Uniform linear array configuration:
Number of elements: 64
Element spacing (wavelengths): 0.5
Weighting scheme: kaiser
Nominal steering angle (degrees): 45
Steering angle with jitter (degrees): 44.412
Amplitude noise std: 0.05
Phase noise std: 0.05

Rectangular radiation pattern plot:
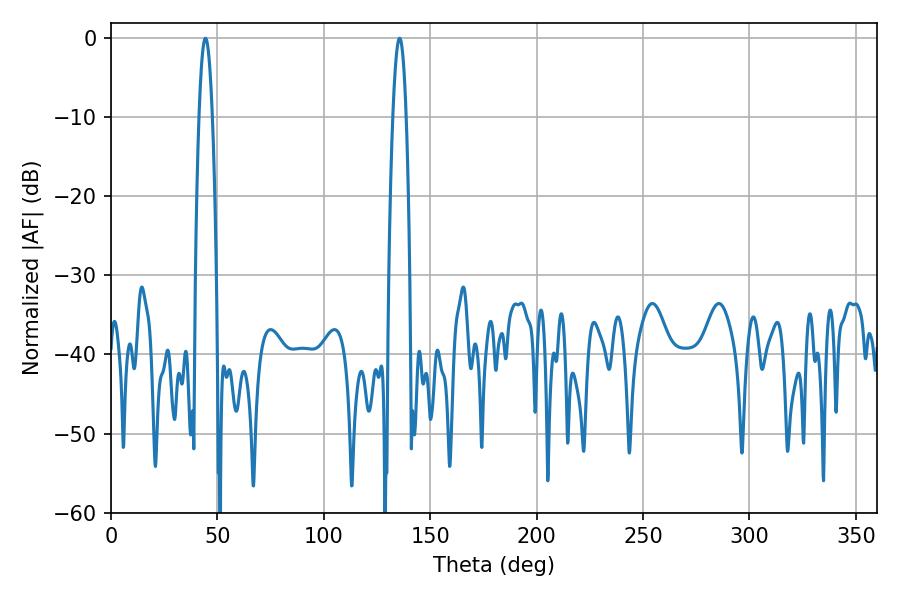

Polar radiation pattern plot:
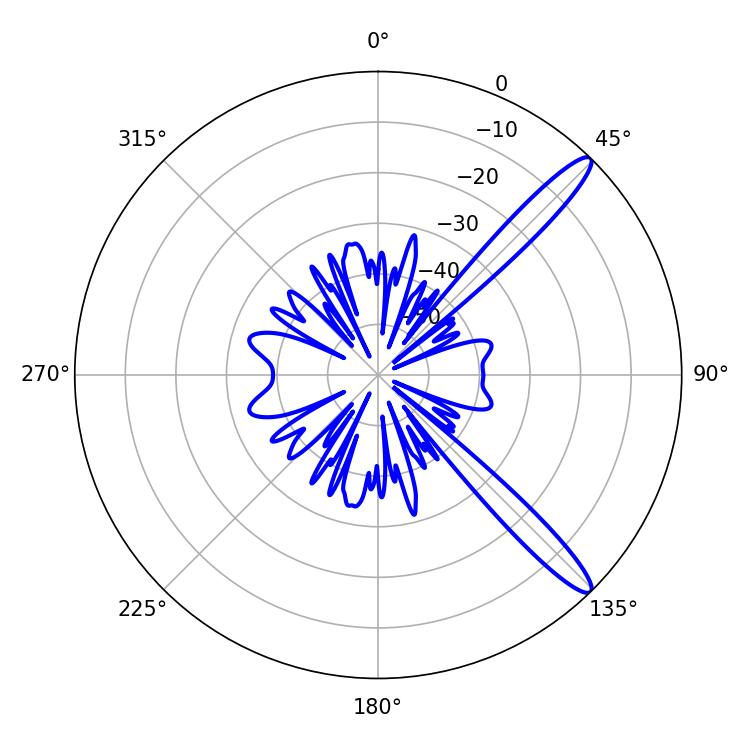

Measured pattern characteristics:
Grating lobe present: FALSE
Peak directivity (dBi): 13.403
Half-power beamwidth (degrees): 3.42
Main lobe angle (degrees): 135.54